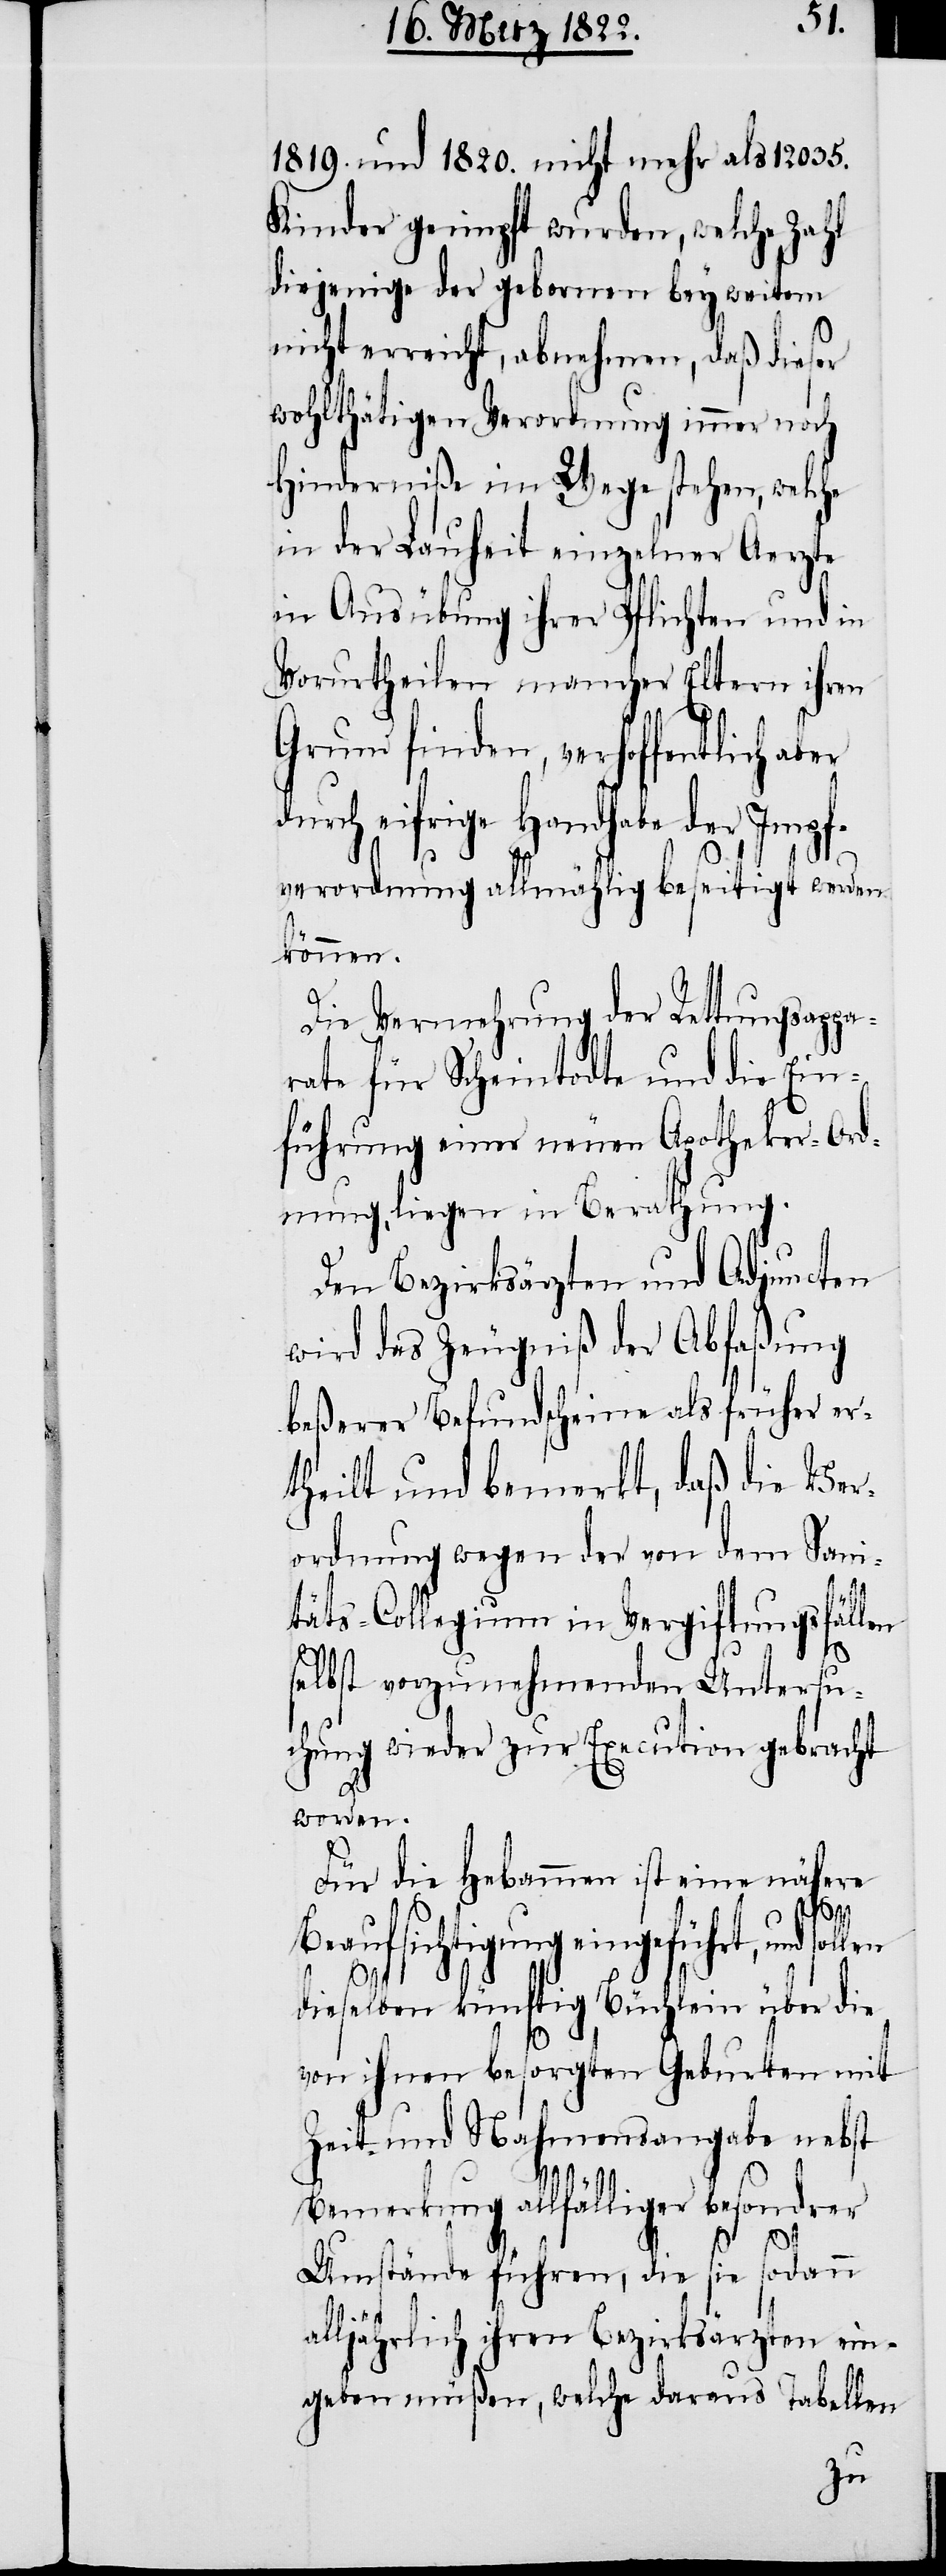
1819. und 1820. nicht mehr als 12035.
Kinder geimpft wurden, welche Zahl
diejenige der gebornen bey weitem
nicht erreicht, abnehmen, daß dieser
wohlthätigen Verordnung immer noch
Hinderniße im Wege stehen, welche
in der Lauheit einzelner Aerzte
in Ausübung ihrer Pflichten und in
Vorurtheilen mancher Eltern ihren
Grund finden, verhoffentlich ab¬
durch eifrige Handhabe der Impf¬
verordnung allmählig beseitigt werden
können.
Die Vermehrung der Rettungsappa¬
rate für Scheintodte und die Ein¬
führung einer neuen Apotheker-Ord¬
nung, liegen in Berathung.
Den Bezirksärzten und Adjuncten
wird das Zeugniß der Abfaßung
beßerer Befundscheine als früher er¬
theilt und bemerkt, daß die Ver¬
ordnung wegen der von dem Sani¬
täts-Collegium in Vergiftungsfällen
selbst vorzunehmenden Untersu¬
chungen wieder zu Execution gebracht
worden.
Für die Hebammen ist eine nähere
Beaufsichtigung eingeführt, und
dieselben künftig Büchlein über die
von ihnen besorgten Geburten mit
Zeit und Nahmensangabe nebst
Bemerkung allfälliger besonderer
er
Umstände führen, die sie sodann
alljährlich ihren Bezirksärzten ein¬
geben müßen, welche daraus Tabellen